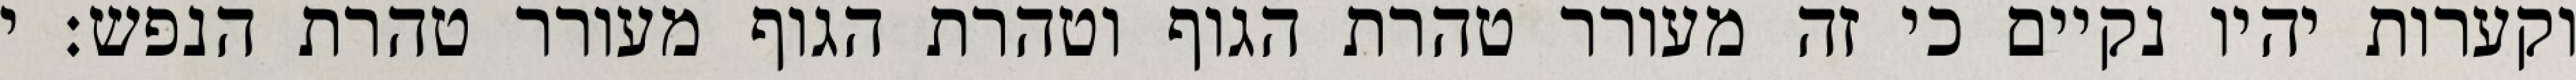
וקערות יהיו נקיים כי זה מעורר טהרת הגוף וטהרת הגוף מעורר טהרת הנפש: י